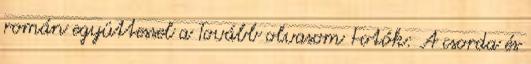
román együttessel a Tovább olvasom Fotók: A csorda és